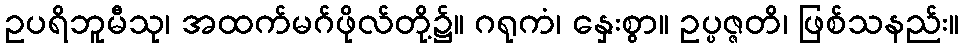
ဥပရိဘူမီသု၊ အထက်မဂ်ဖိုလ်တို့၌။ ဂရုကံ၊ နှေးစွာ။ ဥပ္ပဇ္ဇတိ၊ ဖြစ်သနည်း။